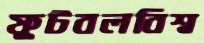
ফুটবলবিশ্ব